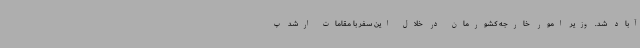
آباد شد. وزیر امور خارجه کشورمان در خلال این سفر با مقامات ارشد پ